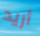
أريد